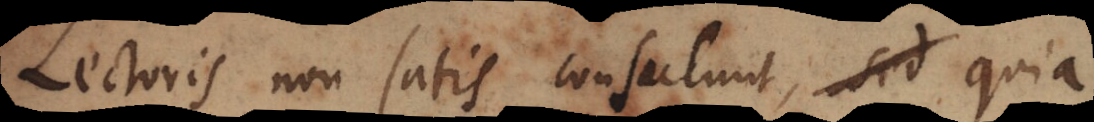
Lectoris non satis consulunt, sed quia